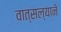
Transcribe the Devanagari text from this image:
वात्सल्याने